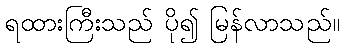
ရထားကြီးသည် ပို၍ မြန်လာသည်။